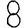
Digit: 8